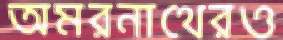
অমরনাথেরও